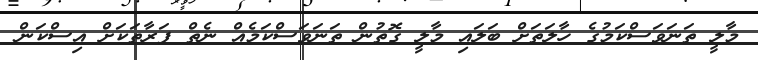
މާލީ ތަނަވަސްކަމުގެ ހާލަތަށް ބަލައި މާލީ ގޮތުން ތަނަވަސްކަމެއް ނެތް ފަރާތަކަށް އިސްކަން